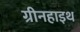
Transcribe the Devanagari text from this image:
ग्रीनहाइथ